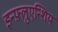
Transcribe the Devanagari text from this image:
इन्फ़्लुएन्शिय